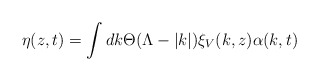
\begin{align*}\eta (z,t)=\int dk\Theta (\Lambda -|k|)\xi _{V}(k,z)\alpha (k,t)\end{align*}